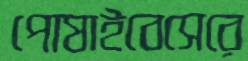
পোষাইবেসেরে